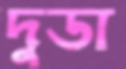
দুডা